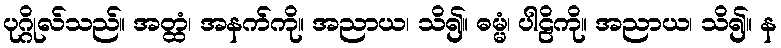
ပုဂ္ဂိုလ်သည်။ အတ္ထံ၊ အနက်ကို။ အညာယ၊ သိ၍။ ဓမ္မံ၊ ပါဠိကို။ အညာယ၊ သိ၍။ န